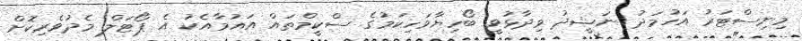
މިނިސްޓަރު އަހުމަދު ނަޝީދު ވިދާޅުވީ ބޯހިޔާވަހިކަމުގެ ސްކީމްތައް އައުމާއެކު އެ ޕޯޓަލް މެދުވެރިކޮށް